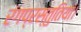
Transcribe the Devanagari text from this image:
रंगप्रस्तुतियां।